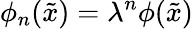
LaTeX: \phi_{n}({\tilde{x}})=\lambda^{n}\phi({\tilde{x}})